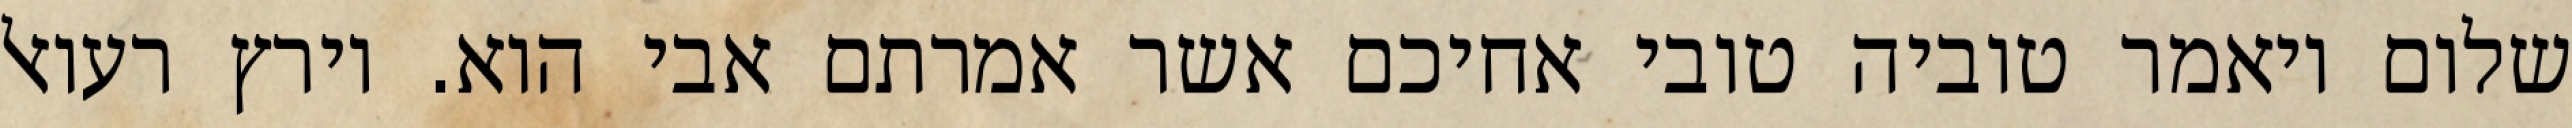
שלום ויאמר טוביה טובי אחיכם אשר אמרתם אבי הוא. וירץ רעואל